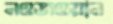
নওজওয়ান